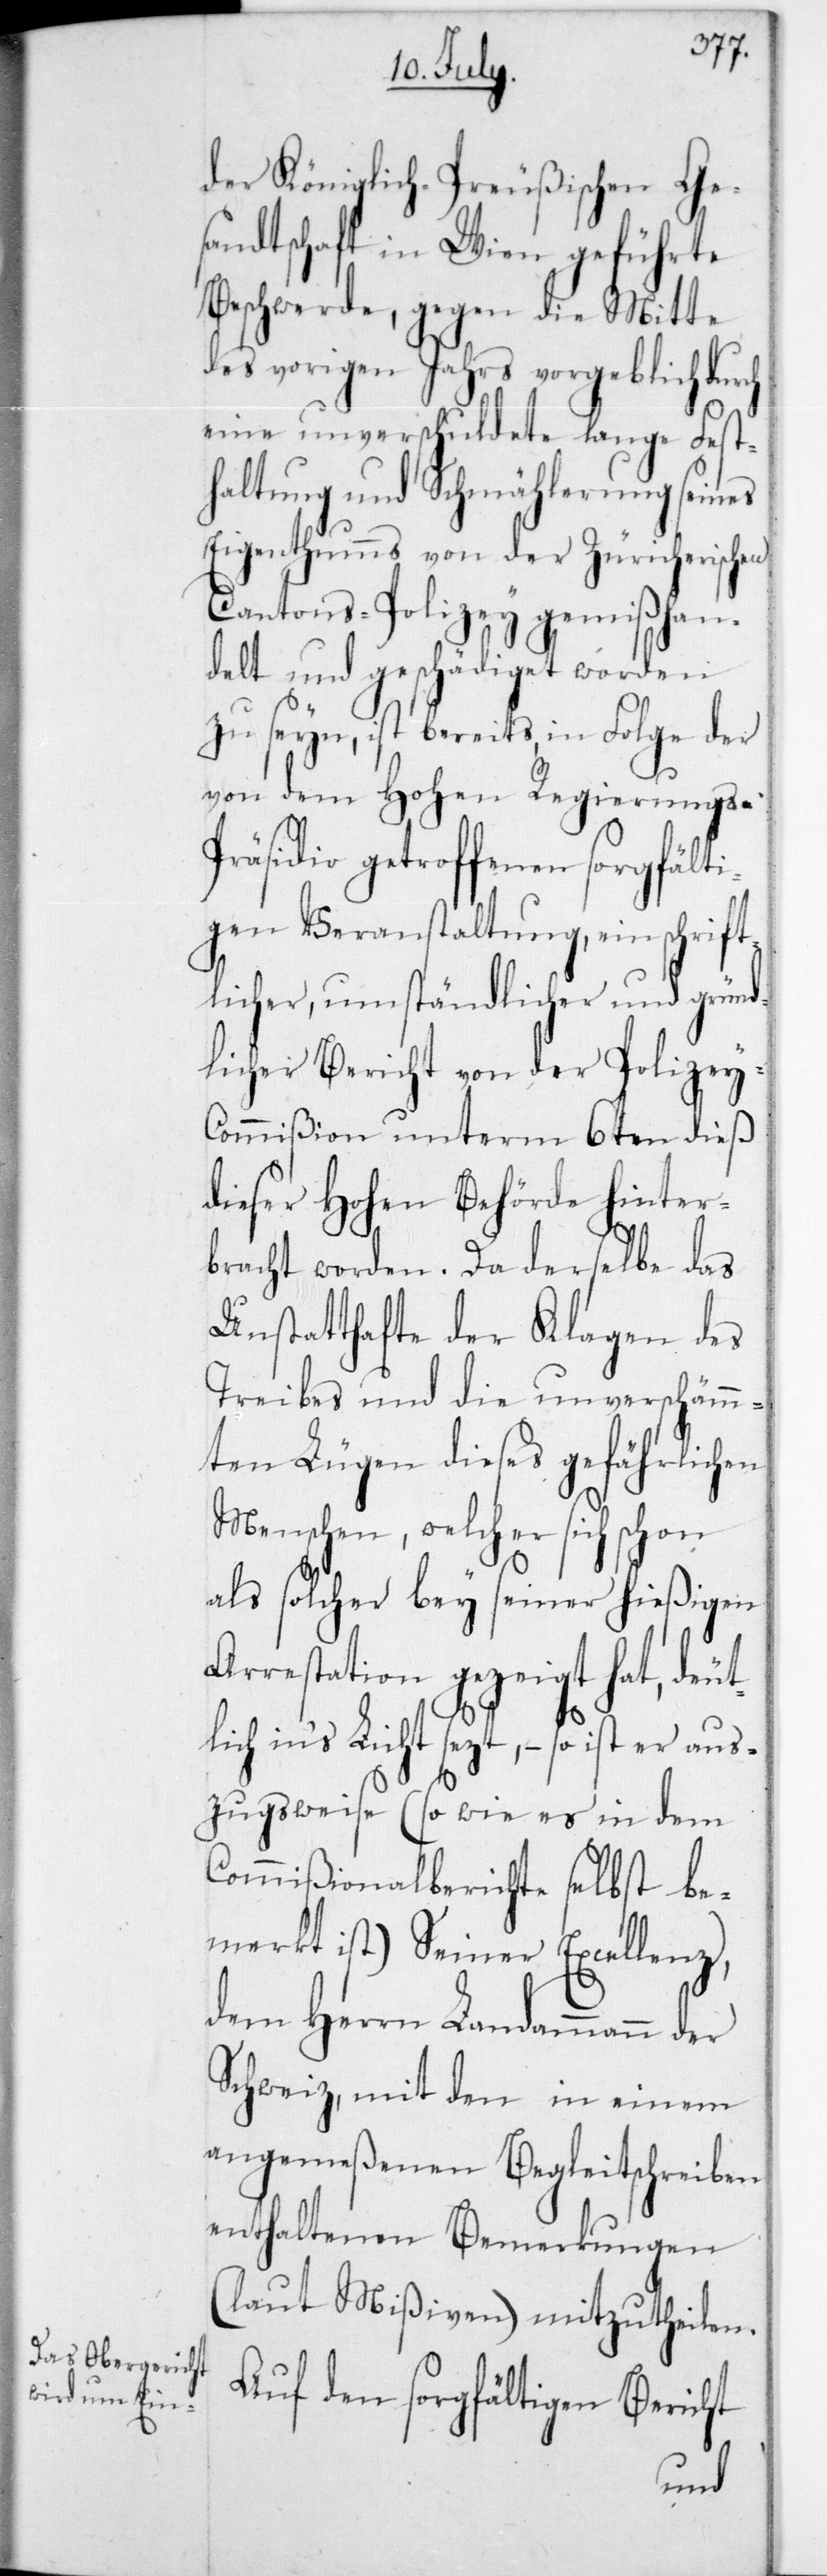
der Königlich-Preußischen Ge¬
sandtschaft in Wien geführte
Beschwerde, gegen die Mitte
des vorigen Jahrs vorgeblich durch
eine unverschuldete lange Fest¬
haltung und Schmählerung seines
Eigenthumms von der Züricherischen
Cantons-Polizey gemißhan¬
delt und geschädiget worden
zu seyn, ist bereits, in Folge der
von dem Hohen Regierungs¬
präsidio getroffenen sorgfälti¬
gen Veranstaltung, ein schrift¬
licher, umständlicher und gründ¬
licher Bericht von der Polizey-C¬
ommißion unterm 6ten dieß
dieser Hohen Behörde hinter¬
bracht worden. Da derselbe das
Unstatthafte der Klagen des
Treibes und die unverschämm¬
ten Lügen dieses gefährlichen
Menschen, welcher sich schon
als solcher bey seiner hießigen
Arrestation gezeigt hat, deut¬
lich in‘s Licht sezt, – so ist er a¬
uszugsweise (so wie es in dem
Commißionalberichte selbst be¬
merkt ist) Seiner Excellenz,
dem Herrn Landammann der
Schweiz, mit den in einem
angemeßenen Begleitschreiben
enthaltenen Bemerkungen
(laut Mißiven) mitzutheilen.
Auf den sorgfältigen Bericht